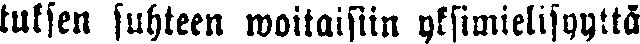
tuksen suhteen woitaisiin yksimielisyyttä